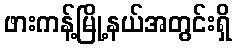
ဖားကန့်မြို့နယ်အတွင်းရှိ